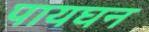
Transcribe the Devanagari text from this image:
पायघन